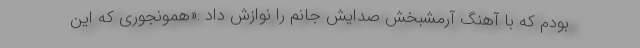
بودم که با آهنگ آرمشبخش صدایش جانم را نوازش داد :«همونجوری که این